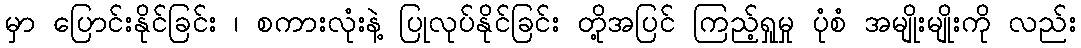
မှာ ပြောင်းနိုင်ခြင်း ၊ စကားလုံးနဲ့ ပြုလုပ်နိုင်ခြင်း တို့အပြင် ကြည့်ရှုမှု ပုံစံ အမျိုးမျိုးကို လည်း